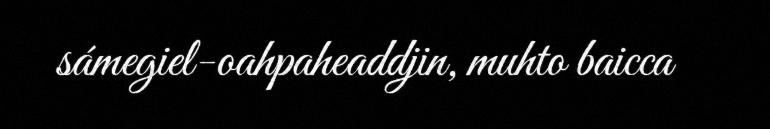
sámegiel-oahpaheaddjin, muhto baicca